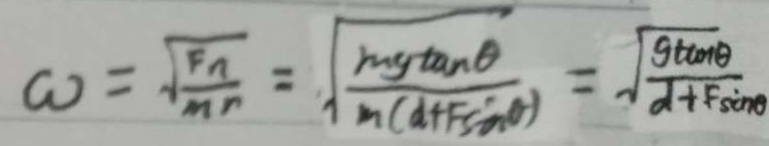
\omega = \sqrt { \frac { F n } { m r } } = \sqrt { \frac { m g \tan \theta } { m ( d + F \sin \theta ) } } = \sqrt { \frac { g \tan \theta } { d + F \sin \theta } }